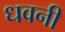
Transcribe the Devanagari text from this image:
धवनी